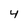
Character: 4